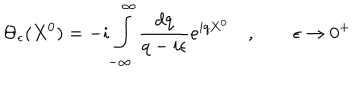
\Theta _ { \epsilon } ( X ^ { 0 } ) = - i \int _ { - \infty } ^ { \infty } \frac { d q } { q - i \epsilon } e ^ { i q X ^ { 0 } } \quad , \qquad \epsilon \rightarrow 0 ^ { + }